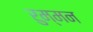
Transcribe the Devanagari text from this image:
रुम्मन